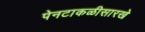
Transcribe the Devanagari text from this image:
पेनटाकळीसारखे